Indian journal of veterinary science and animal husbandry - Volume 10,
Year: 1940
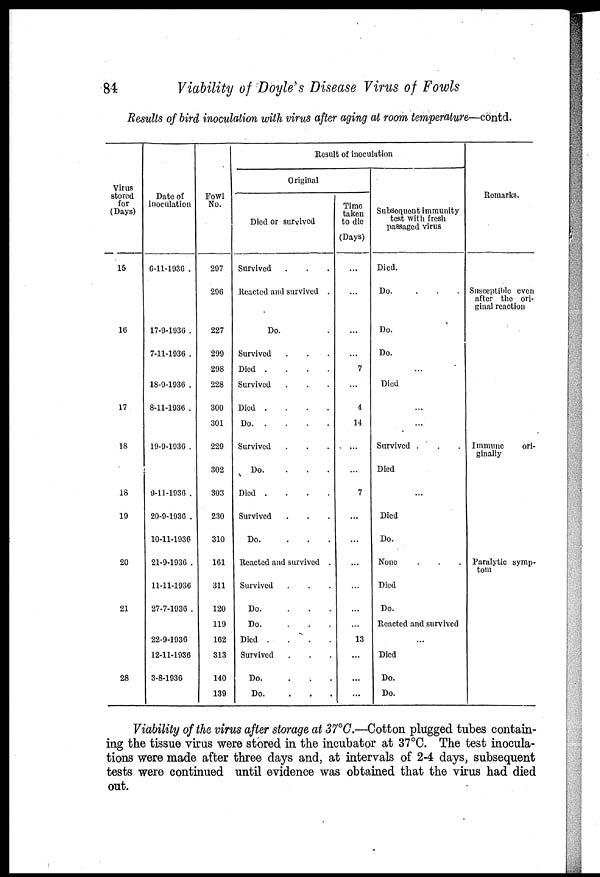
84
Viability of Doyle's Disease Virus of Fowls
Results of bird inoculation with virus after aging at room temperature—contd.
Virus
stored
for
(Days)
15
16
17
18
18
19
20
21
28
Date of
inoculation
6-11-1936 .
17-9-1936 .
7-11-1936 .
18-9-1936 .
8-11-1936 .
19-9-1936 .
9-11-1936 .
20-9-1936 .
10-11-1936
21-9-1936 .
11-11-1936
27-7-1936 .
22-9-1936
12-11-1936
3-8-1936
Fowl
No.
297
296
227
299
298
228
300
301
229
302
303
230
310
161
311
120
119
162
313
140
139
Result of inoculation
Original
Died or survived
Survived . ..
Reacted and survived .
Do.
Survived . ..
Died
....
Survived
Died
....
Do
Survived
Do.
...
Died
....
Survived
Do.
...
Reacted and survived .
Survived . ..
Do.
...
Do.
...
Died
....
Survived . .
Do.
...
Do.
...
Time
taken
to die
(Days)
...
...
...
...
7
...
4
14
...
...
7
...
...
...
...
...
..
13
...
...
...
Subsequent immunity
test with fresh
passaged virus
Died.
Do.
...
Do.
Do.
...
Died
...
...
Survived .
Died
...
Died
Do.
None . . .
Died
Do.
Reacted and survived
...
Died
Do.
Do.
Remarks.
Susceptible even
after the ori-
ginal reaction
Immune
ori-
ginally
Paralytic symp-
tom
Viability of the virus after storage at 37°C.—Cotton plugged tubes contain-
ing the tissue virus were stored in the incubator at 37°C. The test inocula-
tions were made after three days and, at intervals of 2-4 days, subsequent
tests were continued until evidence was obtained that the virus had died
out.